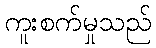
ကူးစက်မှုသည်